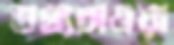
তথ্যচাওয়া